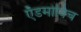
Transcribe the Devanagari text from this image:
ऍडमोविच